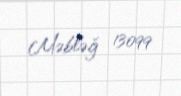
Məbləğ 13099